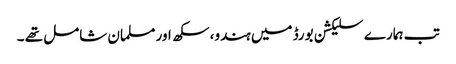
تب ہمارے سلیکشن بورڈ میں ہندو، سکھ اور مسلمان شامل تھے ۔